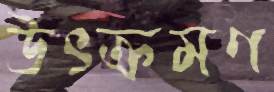
উৎক্রমণ